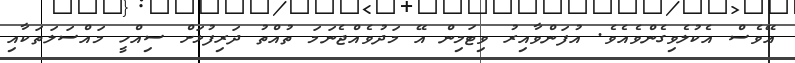
އޭވެސް އެކުލެވިގެންވެއެވެ. އުފަންވާއިރު ވިޓަމިން އޭ މަދުވެއްޖެނަމަ ތުއްތު ދަރިފުޅަށް ސިއްހީ މައްސަލަތަކާއި